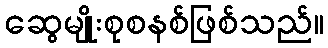
ဆွေမျိုးစုစနစ်ဖြစ်သည်။